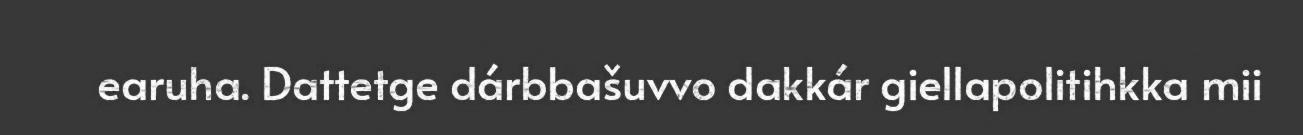
earuha. Dattetge dárbbašuvvo dakkár giellapolitihkka mii